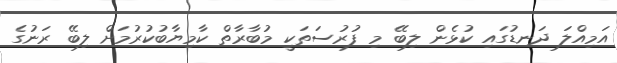
އަމިއްލަ ދަނޑުގައި ކުޅެން ލިބޭ މި ފުރުސަތަކީ މުބާރާތް ކާމިޔާބުކުރުމަށް ލިބޭ ރަނުގެ